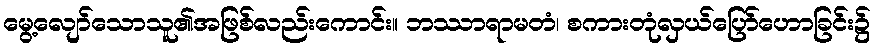
မွေ့လျော်သောသူ၏အဖြစ်လည်းကောင်း။ ဘဿာရာမတံ၊ စကားတုံလှယ်ပြော်ဟောခြင်း၌